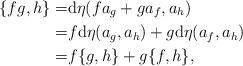
LaTeX: \begin{align*} \{fg,h\}=&\mathrm{d}\eta(fa_g+ga_f,a_h)\\ =&f\mathrm{d}\eta(a_g,a_h)+g\mathrm{d}\eta(a_f,a_h)\\ =&f\{g,h\}+g\{f,h\},\end{align*}